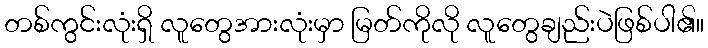
တစ်ကွင်းလုံးရှိ လူတွေအားလုံးမှာ မြတ်ကိုလို လူတွေချည်းပဲဖြစ်ပါ၏။